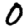
Digit: 0